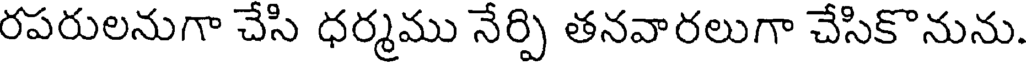
రపరులనుగా చేసి ధర్మము నేర్పి తనవారలుగా చేసికొనును.